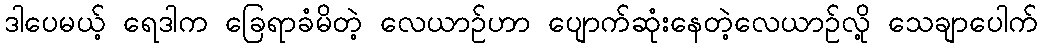
ဒါပေမယ့် ရေဒါက ခြေရာခံမိတဲ့ လေယာဉ်ဟာ ပျောက်ဆုံးနေတဲ့လေယာဉ်လို့ သေချာပေါက်